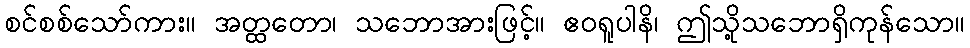
စင်စစ်သော်ကား။ အတ္ထတော၊ သဘောအားဖြင့်။ ဧဝရူပါနိ၊ ဤသို့သဘောရှိကုန်သော။